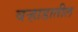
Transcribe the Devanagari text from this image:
वऱ्हाडातील